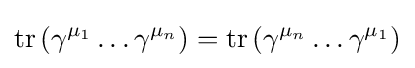
\operatorname {tr} \left(\gamma ^{\mu _{1}}\dots \gamma ^{\mu _{n}}\right)=\operatorname {tr} \left(\gamma ^{\mu _{n}}\dots \gamma ^{\mu _{1}}\right)